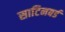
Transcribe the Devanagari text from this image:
साटिनबर्ड